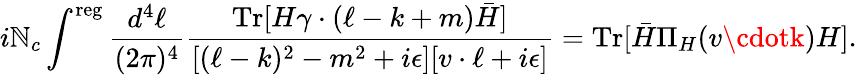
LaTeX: i\mathbb{N}_{c}\int^{\mathrm{{reg}}}\frac{{d^{4}\ell}}{{(2\pi)^{4}}}\frac{{\mathrm{{Tr}}[H\gamma\cdot(\ell-k+m)\bar{{H}}]}}{{[(\ell-k)^{2}-m^{2}+i\epsilon][v\cdot\ell+i\epsilon]}}=\mathrm{{Tr}}[\bar{{H}}\Pi_{H}(v\cdotk)H].